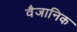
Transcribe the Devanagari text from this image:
वैजानिक